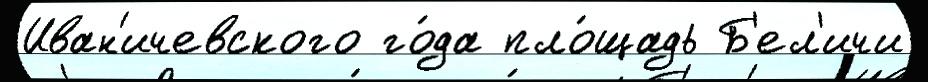
Иван'ичевского го́да пло́щадь Б'ел'ичи